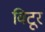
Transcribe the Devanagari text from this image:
विटूर